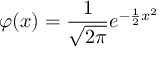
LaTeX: \varphi ( x ) = { \frac { 1 } { \sqrt { 2 \pi } } } e ^ { - { \frac { 1 } { 2 } } x ^ { 2 } }